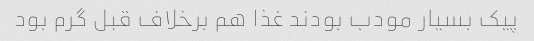
پیک بسیار مودب بودند غذا هم برخلاف قبل گرم بود